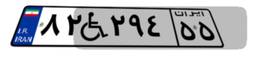
۸۲W۲۹۴۵۵